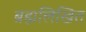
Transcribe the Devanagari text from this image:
ब्रह्मलिखित